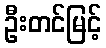
ဦးတင်မြင့်